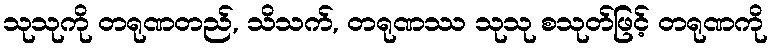
သုသုကို တရုဏတည်, သိသက်, တရုဏဿ သုသု စသုတ်ဖြင့် တရုဏကို